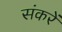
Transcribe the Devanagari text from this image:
संकरें